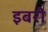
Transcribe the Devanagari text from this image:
इबरी